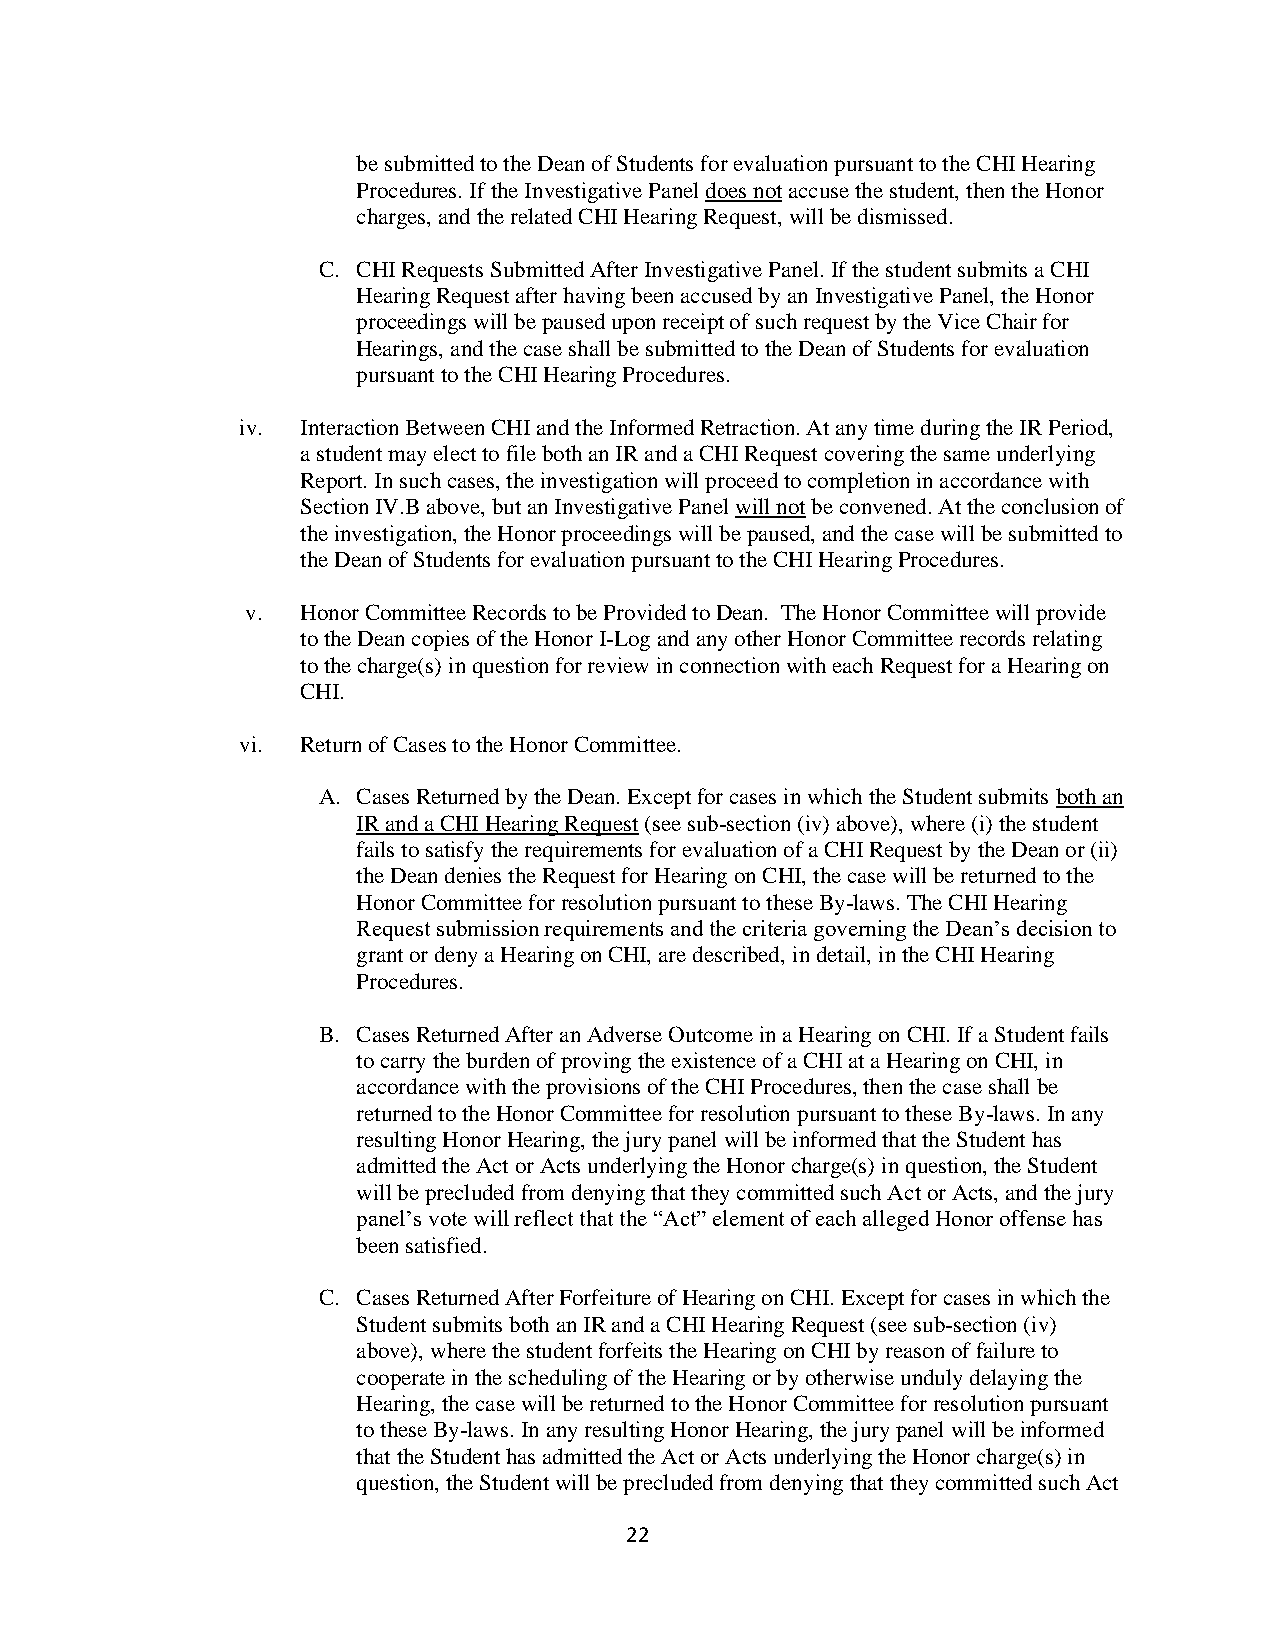
be submitted to the Dean of Students for evaluation pursuant to the CHI Hearing
 Procedures. If the Investigative Panel does not accuse the student, then the Honor
 charges, and the related CHI Hearing Request, will be dismissed.
 C. CHI Requests Submitted After Investigative Panel. If the student submits a CHI
 Hearing Request after having been accused by an Investigative Panel, the Honor
 proceedings will be paused upon receipt of such request by the Vice Chair for
 Hearings, and the case shall be submitted to the Dean of Students for evaluation
 pursuant to the CHI Hearing Procedures.
 iv. Interaction Between CHI and the Informed Retraction. At any time during the IR Period,
 a student may elect to file both an IR and a CHI Request covering the same underlying
 Report. In such cases, the investigation will proceed to completion in accordance with
 Section IV.B above, but an Investigative Panel will not be convened. At the conclusion of
 the investigation, the Honor proceedings will be paused, and the case will be submitted to
 the Dean of Students for evaluation pursuant to the CHI Hearing Procedures.
 v.  Honor Committee Records to be Provided to Dean. The Honor Committee will provide
 to the Dean copies of the Honor I-Log and any other Honor Committee records relating
 to the charge(s) in question for review in connection with each Request for a Hearing on
 CHI.
 vi. Return of Cases to the Honor Committee.
 A. Cases Returned by the Dean. Except for cases in which the Student submits both an
 IR and a CHI Hearing Request (see sub-section (iv) above), where (i) the student
 fails to satisfy the requirements for evaluation of a CHI Request by the Dean or (ii)
 the Dean denies the Request for Hearing on CHI, the case will be returned to the
 Honor Committee for resolution pursuant to these By-laws. The CHI Hearing
 Request submission requirements and the criteria governing the Dean’s decision to
 grant or deny a Hearing on CHI, are described, in detail, in the CHI Hearing
 Procedures.
 B. Cases Returned After an Adverse Outcome in a Hearing on CHI. If a Student fails
 to carry the burden of proving the existence of a CHI at a Hearing on CHI, in
 accordance with the provisions of the CHI Procedures, then the case shall be
 returned to the Honor Committee for resolution pursuant to these By-laws. In any
 resulting Honor Hearing, the jury panel will be informed that the Student has
 admitted the Act or Acts underlying the Honor charge(s) in question, the Student
 will be precluded from denying that they committed such Act or Acts, and the jury
 panel’s vote will reflect that the “Act” element of each alleged Honor offense has
 been satisfied.
 C. Cases Returned After Forfeiture of Hearing on CHI. Except for cases in which the
 Student submits both an IR and a CHI Hearing Request (see sub-section (iv)
 above), where the student forfeits the Hearing on CHI by reason of failure to
 cooperate in the scheduling of the Hearing or by otherwise unduly delaying the
 Hearing, the case will be returned to the Honor Committee for resolution pursuant
 to these By-laws. In any resulting Honor Hearing, the jury panel will be informed
 that the Student has admitted the Act or Acts underlying the Honor charge(s) in
 question, the Student will be precluded from denying that they committed such Act
 22